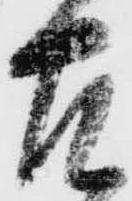
左